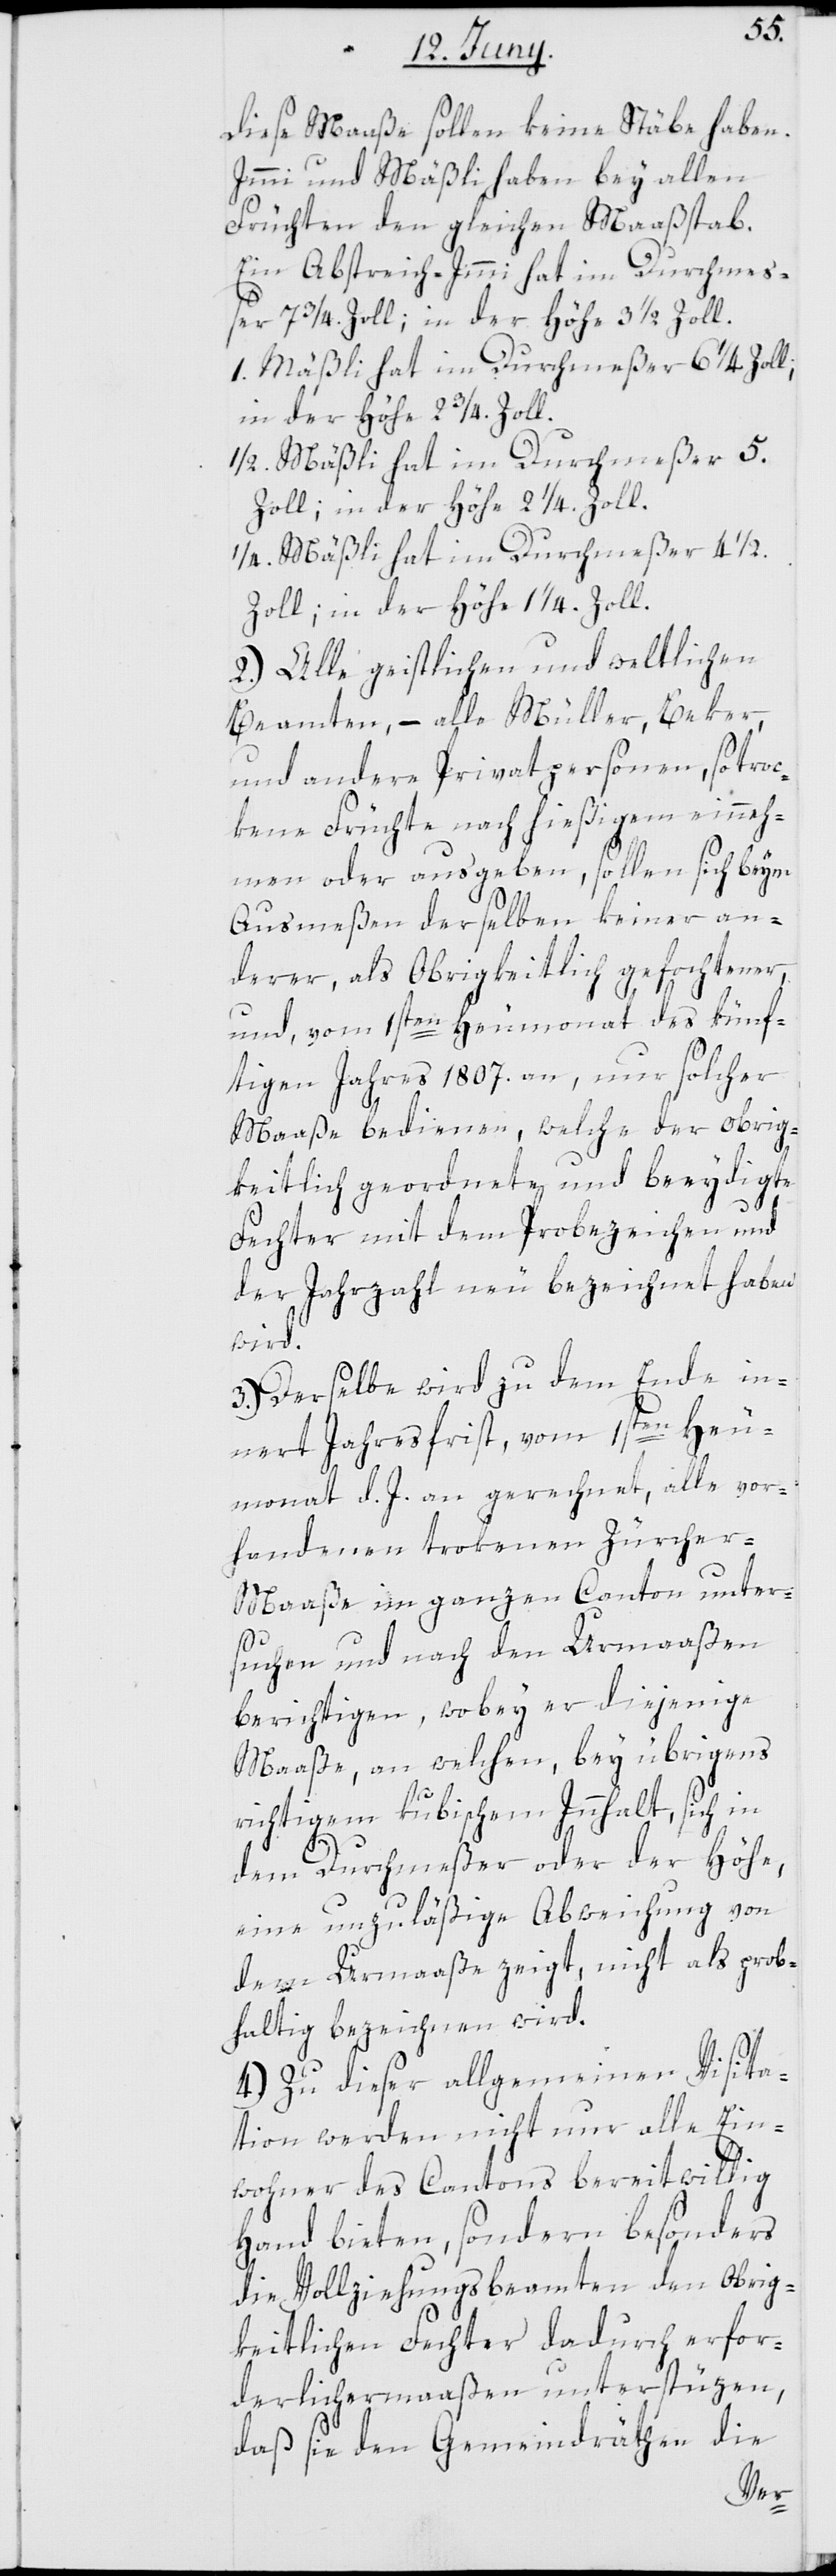
Diese Maße sollen keine Stäbe haben.
Immi und Mäßli haben bey allen
Früchten den gleichen Maßstab.
Ein Abstreich-Immi hat im Durchmeß¬
er 7 3/4 Zoll, in der Höhe 3 1/2 Zoll.
1. Mäßli hat im Durchmeßer 6 1/4 Zoll,
in der Höhe 2 3/4 Zoll.
1/2 Mäßli hat im Durchmeßer 5.
Zoll, in der Höhe 2 1/4 Zoll.
1/4. Mäßli hat im Durchmeßer 4 1/2
Zoll, in der Höhe 1 1/4 Zoll.
2.) Alle geistlichen und weltlichen
Beamten, – alle Müller, Beker
und andere Privatpersonen, so tro¬
ckene Früchte nach hießigem einneh¬
men oder ausgeben, sollen sich beym
Ausmeßen derselben keiner an¬
derer, als Obrigkeitlich gefochtener,
und, vom 1sten Heumonat des künf¬
tigen Jahres 1807. an, nur solcher
Maaße bedienen, welche der obrig¬
keitlich geordnete und beeydigte
Fechter mit dem Probezeichen und
der Jahrzahl neu bezeichnet haben
wird.
3.) Derselbe wird zu dem Ende in¬
nert Jahresfrist, vom 1sten Heu¬
monat d. J. an gerechnet, alle vor¬
handenen trokenen Zürcher-M¬
aaße im ganzen Canton unter¬
suchen und nach den Urmaaßen
berichtigen, wobey er diejenige
Maaße, an welchen, bey übrigens
richtigem kubischem Innhalt, sich in
dem Durchmeßer oder der Höhe,
eine unzuläßige Abweichung von
dem Urmaaße zeigt, nicht als prob¬
haltig bezeichnen wird.
4.) Zu dieser allgemeinen Visita¬
tion werden nicht nur alle Ein¬
wohner des Cantons bereitwillig
Hand bieten, sondern besonders
die Vollziehungsbeamten den Obrig¬
keitlichen Fechter dadurch erfor¬
derlichermaaßen unterstüzen,
daß sie den Gemeindräthen die